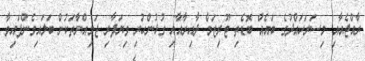
ރާއްޖެއާއި މިސަރަހައްދުގެ ބައެއް ބޮޑެތި ޓޫރިޒަމް ދާއިރާއާއި ގުޅުންހުރި ވިޔަފާރި ޖަމިއްޔާތަކުން ބަލައިގެންފައިވާ